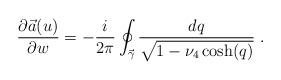
LaTeX: \begin{align*}{\partial \vec{a}(u)\over \partial w}= -{i\over 2\pi}\oint_{\vec{\gamma}}{dq \over \sqrt{1-\nu_4\cosh(q)}} \ .\end{align*}